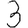
Digit: 3